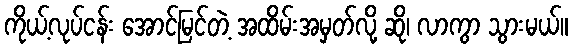
ကိုယ့်လုပ်ငန်း အောင်မြင်တဲ့ အထိမ်းအမှတ်လို့ ဆို၊ လာကွာ သွားမယ်။